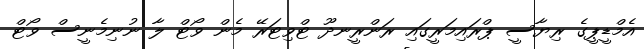
އެމްޑީޕީގެ ރިޔާސީ ޕްރައިމަރީގައި ރަންރީނދޫ ޓްވިޓަރޭ މެން ވޯޓް ލާ ނުނިމެނީސް ވޯޓް